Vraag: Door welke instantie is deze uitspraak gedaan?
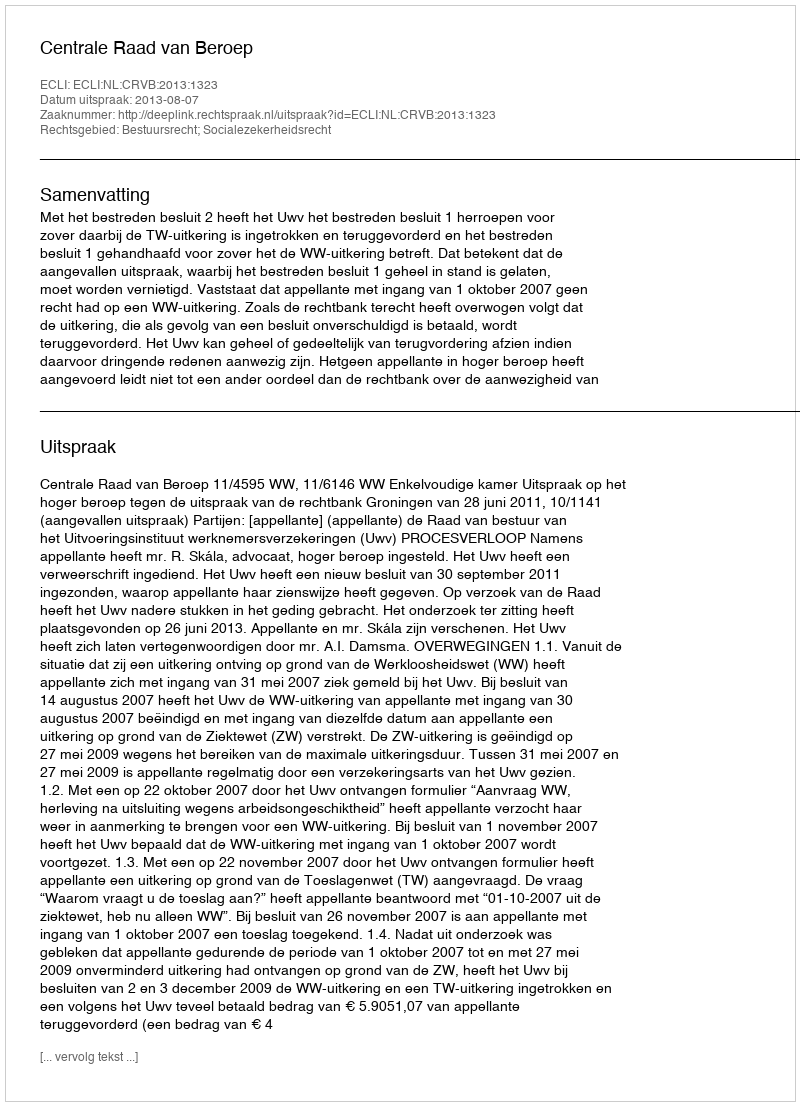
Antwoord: Centrale Raad van Beroep